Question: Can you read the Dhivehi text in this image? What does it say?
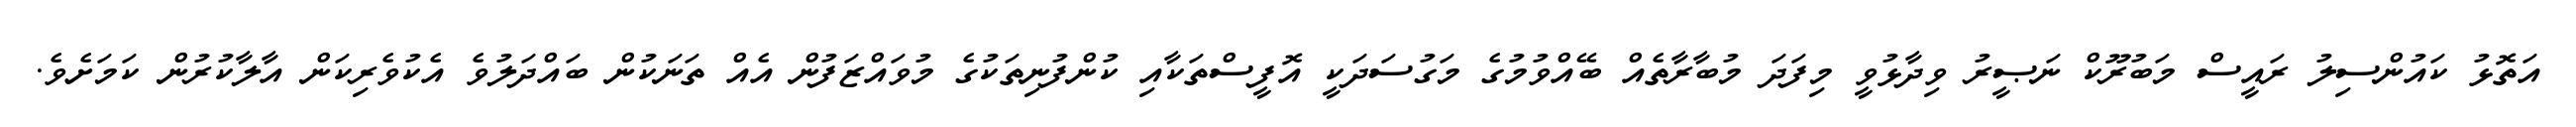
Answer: އަތޮޅު ކައުންސިލު ރައީސް މަބުރޫކް ނަޞީރު ވިދާޅުވީ މިފަދަ މުބާރާތެއް ބޭއްވުމުގެ މަގުސަދަކީ އޮފީސްތަކާއި ކުންފުނިތަކުގެ މުވައްޒަފުން އެއް ތަނަކުން ބައްދަލުވެ އެކުވެރިކަން އާލާކުރުން ކަމަށެވެ.